Civil Veterinary Department. United Provinces 1923-31 - 1923-1931
Year: 1923
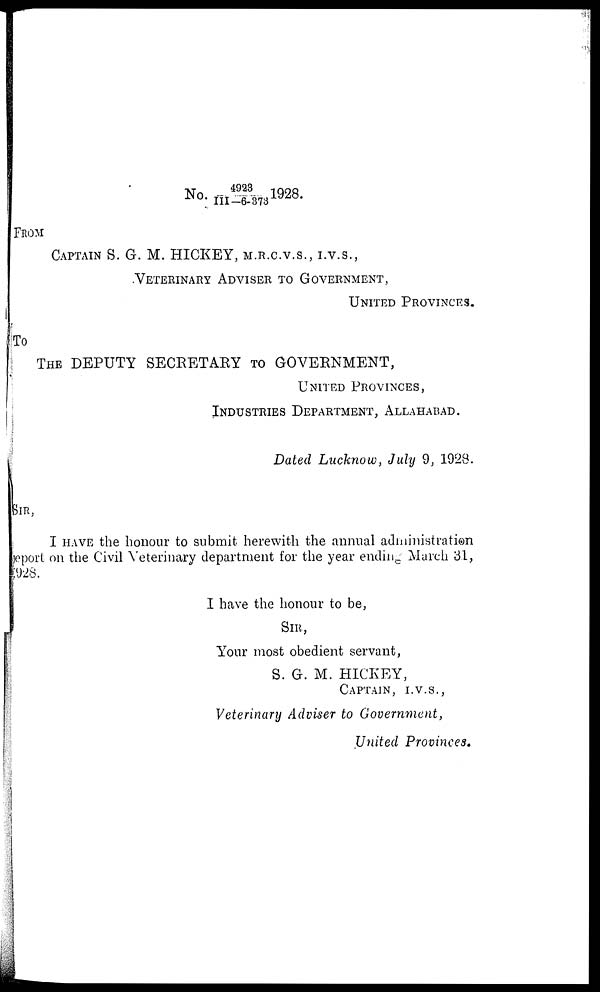
FROM
CAPTAIN S. G. M. HICKEY, M.R.C.V.S., I.V.S.,
VETERINARY ADVISER TO GOVERNMENT,
UNITED PROVINCES.
To
THE DEPUTY SECRETARY TO GOVERNMENT,
UNITED PROVINCES,
INDUSTRIES DEPARTMENT, ALLAHABAD.
Dated Lucknow, July 9, 1928.
SIR,
I HAVE the honour to submit herewith the annual administration
eport on the Civil Veterinary department for the year ending March 31,
928.
I have the honour to be,
SIR,
Your most obedient servant,
S. G. M. HICKEY,
CAPTAIN, I.V.S.,
Veterinary Adviser to Government,
United Provinces.